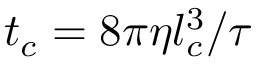
t _ { c } = 8 \pi \eta l _ { c } ^ { 3 } / \tau